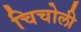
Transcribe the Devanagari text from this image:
चिचोली